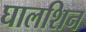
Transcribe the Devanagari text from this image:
घालशिन